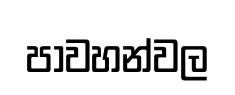
පාවහන්වල